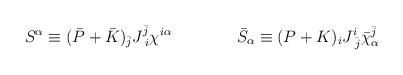
LaTeX: \begin{align*}S^{\alpha} \equiv(\bar P + \bar K)_{\bar j} J^{\bar j}_{\;i} \chi^{i\alpha}\qquad\qquad\bar S_{\alpha} \equiv(P+K)_i J^i_{\; \bar j} \bar \chi ^{\bar j}_{\alpha}\end{align*}